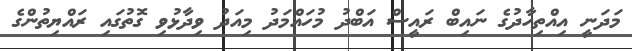
މަދަނީ އިއްތިހާދުގެ ނައިބް ރައީސް އަބްދު މުހައްމަދު މިއަދު ވިދާޅުވި ގޮތުގައި ރައްޔިތުންގެ